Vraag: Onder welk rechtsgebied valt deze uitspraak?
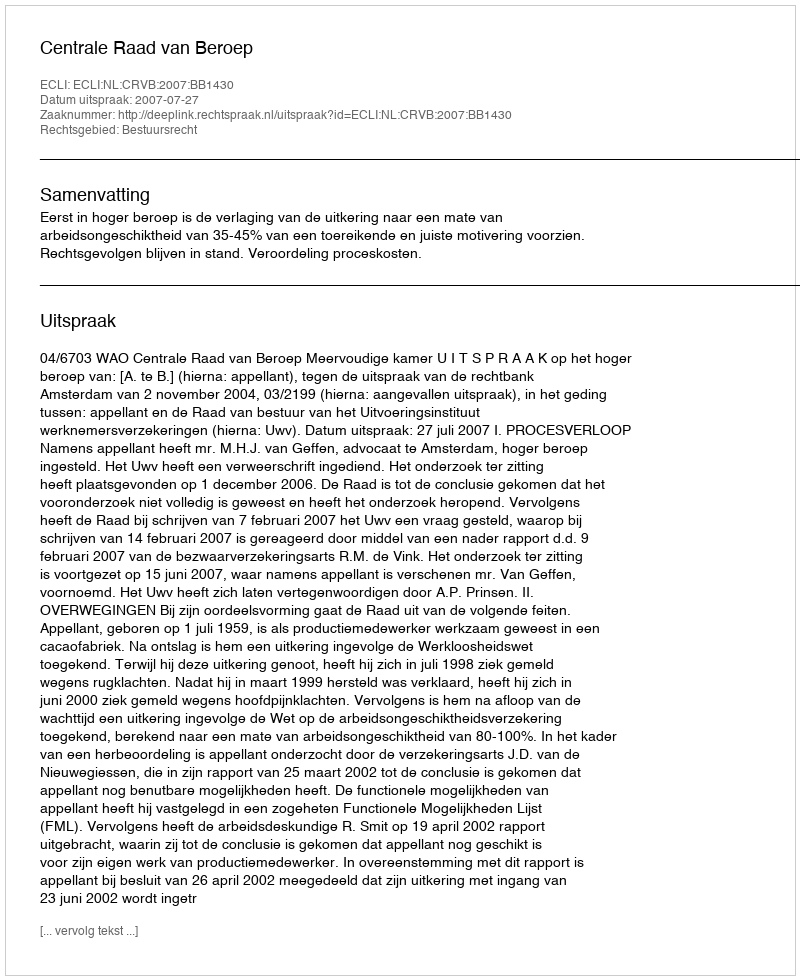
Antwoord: Bestuursrecht